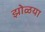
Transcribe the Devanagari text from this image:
झोळया